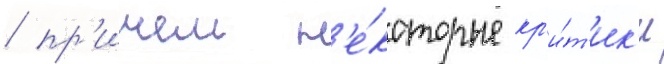
/ пр'ичем н'е́которые кр'и́т'ик'и